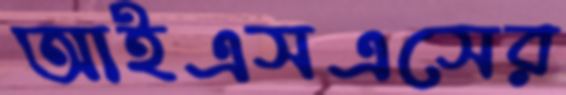
আইএসএসের